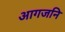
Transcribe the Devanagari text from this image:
आगजनि